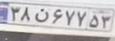
۳۸ن۶۷۷۵۳